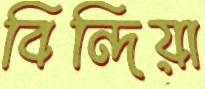
বিন্দিয়া